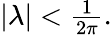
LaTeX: \begin{array}{r}{|\lambda|<\frac{1}{2\pi}.}\end{array}